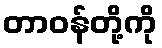
တာဝန်တို့ကို